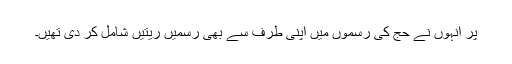
پر انہوں نے حج کی رسموں میں اپنی طرف سے بھی رسمیں ریتیں شامل کر دی تھیں۔